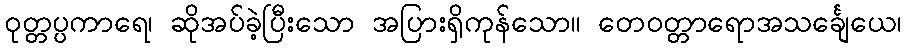
ဝုတ္တပ္ပကာရေ၊ ဆိုအပ်ခဲ့ပြီးသော အပြားရှိကုန်သော။ တေဝတ္တာရောအသင်္ချေယေ၊